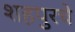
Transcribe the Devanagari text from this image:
शहपुरचे